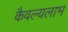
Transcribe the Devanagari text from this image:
कैवल्यलाभ